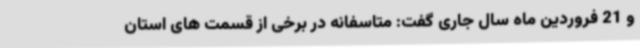
و 21 فروردین ماه سال جاری گفت: متاسفانه در برخی از قسمت های استان